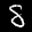
Label: 8